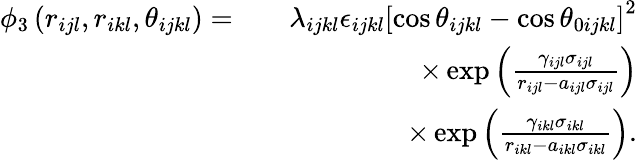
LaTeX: \begin{array}{rlr}{\phi_{3}\left(r_{ijl},r_{ikl},\theta_{ijkl}\right)=}&{}&{\lambda_{ijkl}\epsilon_{ijkl}\left[\cos\theta_{ijkl}-\cos\theta_{0ijkl}\right]^{2}}\\ &{}&{\times\exp\left(\frac{\gamma_{ijl}\sigma_{ijl}}{r_{ijl}-a_{ijl}\sigma_{ijl}}\right)}\\ &{}&{\times\exp\left(\frac{\gamma_{ikl}\sigma_{ikl}}{r_{ikl}-a_{ikl}\sigma_{ikl}}\right).}\end{array}